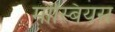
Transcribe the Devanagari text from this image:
मोस्बियस